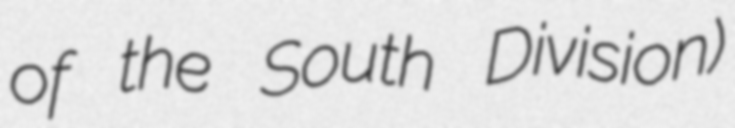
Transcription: of the South Division)